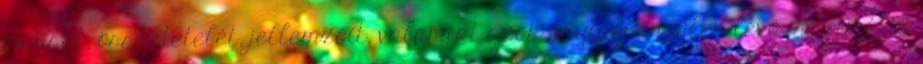
típusát, összetételét, jellemzőit, valamint azok egyidőben jelen lévő maximális